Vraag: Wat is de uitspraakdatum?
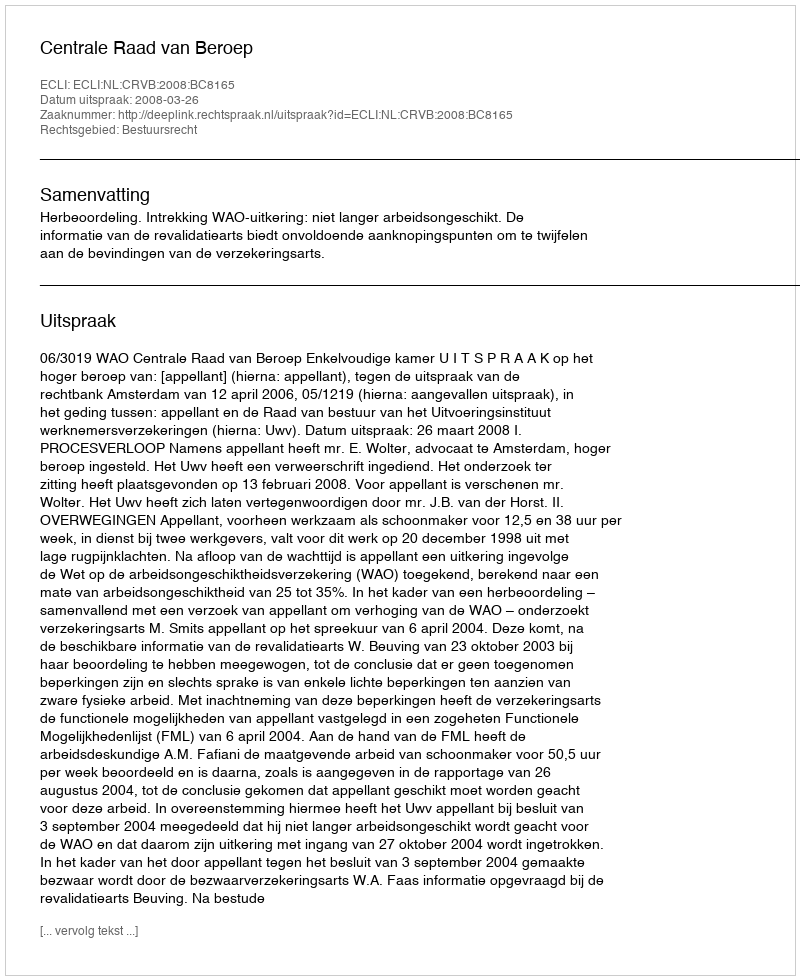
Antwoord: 2008-03-26